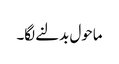
ماحول بدلنے لگا۔